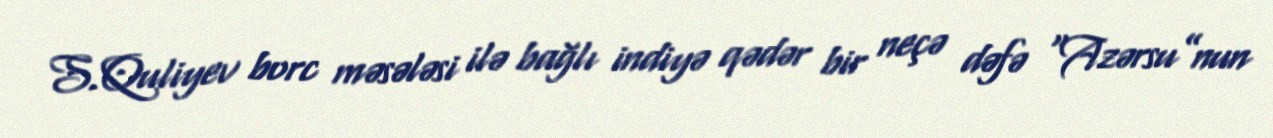
S.Quliyev borc məsələsi ilə bağlı indiyə qədər bir neçə dəfə “Azərsu”nun